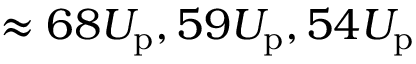
\approx 6 8 U _ { \mathrm { p } } , 5 9 U _ { \mathrm { p } } , 5 4 U _ { \mathrm { p } }